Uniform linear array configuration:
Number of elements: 16
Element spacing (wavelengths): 0.25
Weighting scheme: cosine
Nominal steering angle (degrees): -45
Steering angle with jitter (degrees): -44.64
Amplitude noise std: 0.05
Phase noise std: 0.05

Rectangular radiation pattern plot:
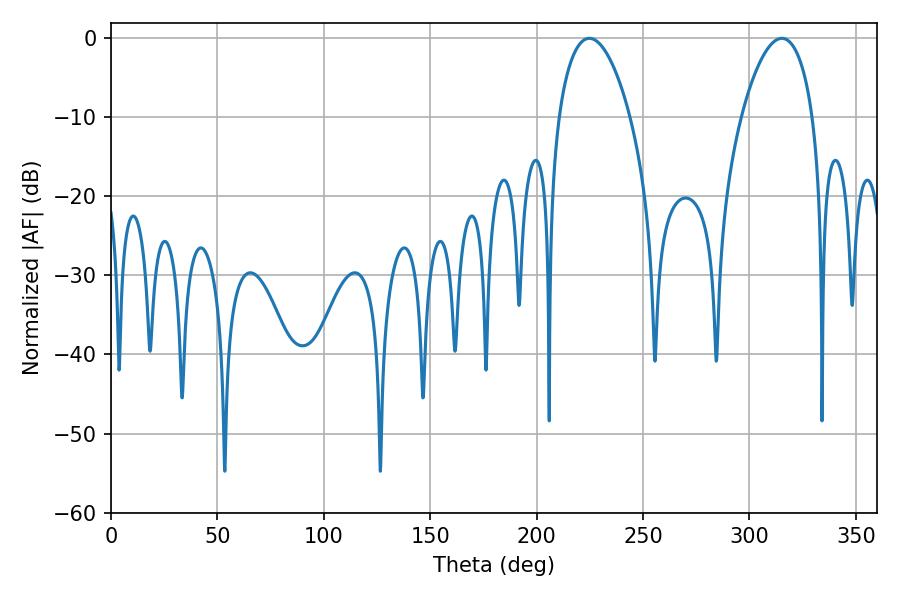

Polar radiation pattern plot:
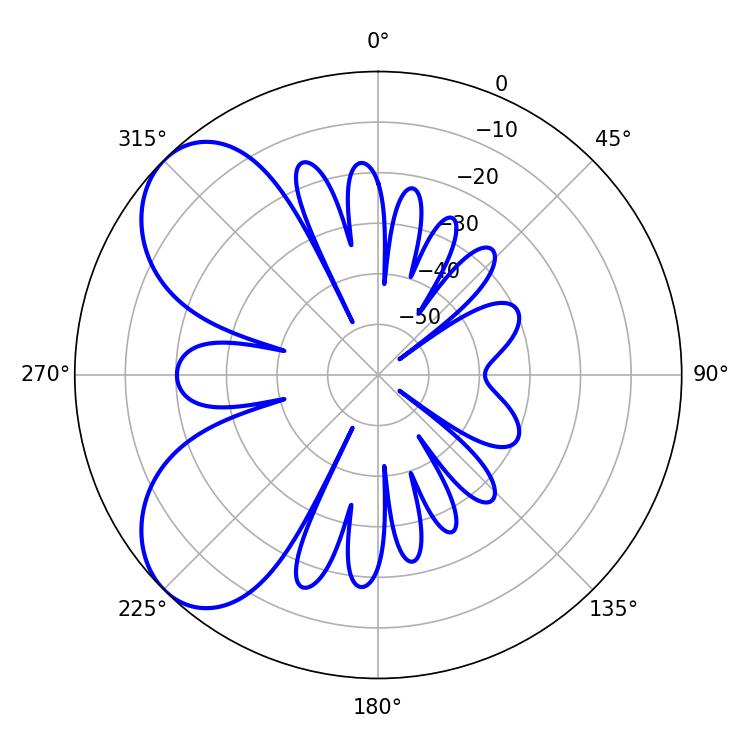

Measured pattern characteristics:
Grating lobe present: FALSE
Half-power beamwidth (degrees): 18.9
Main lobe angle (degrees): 224.82